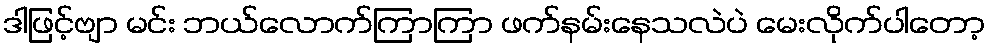
ဒါဖြင့်ဗျာ မင်း ဘယ်လောက်ကြာကြာ ဖက်နမ်းနေသလဲပဲ မေးလိုက်ပါတော့